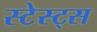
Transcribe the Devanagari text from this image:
स्टेस्ट्स